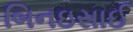
બિનઇસાઈ